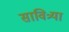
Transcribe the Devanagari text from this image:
सावित्र्या